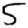
Digit: 5